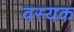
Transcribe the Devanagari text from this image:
वस्यक